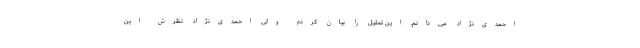
احمدی‌نژاد می‌دانم. این تحلیل را بیان کردم ولی احمدی‌نژاد نظرش این